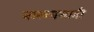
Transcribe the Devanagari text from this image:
नारळासाठी